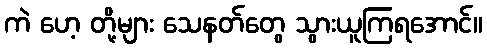
ကဲ ဟေ့ တို့များ သေနတ်တွေ သွားယူကြရအောင်။